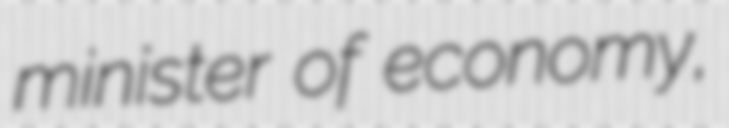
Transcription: minister of economy,